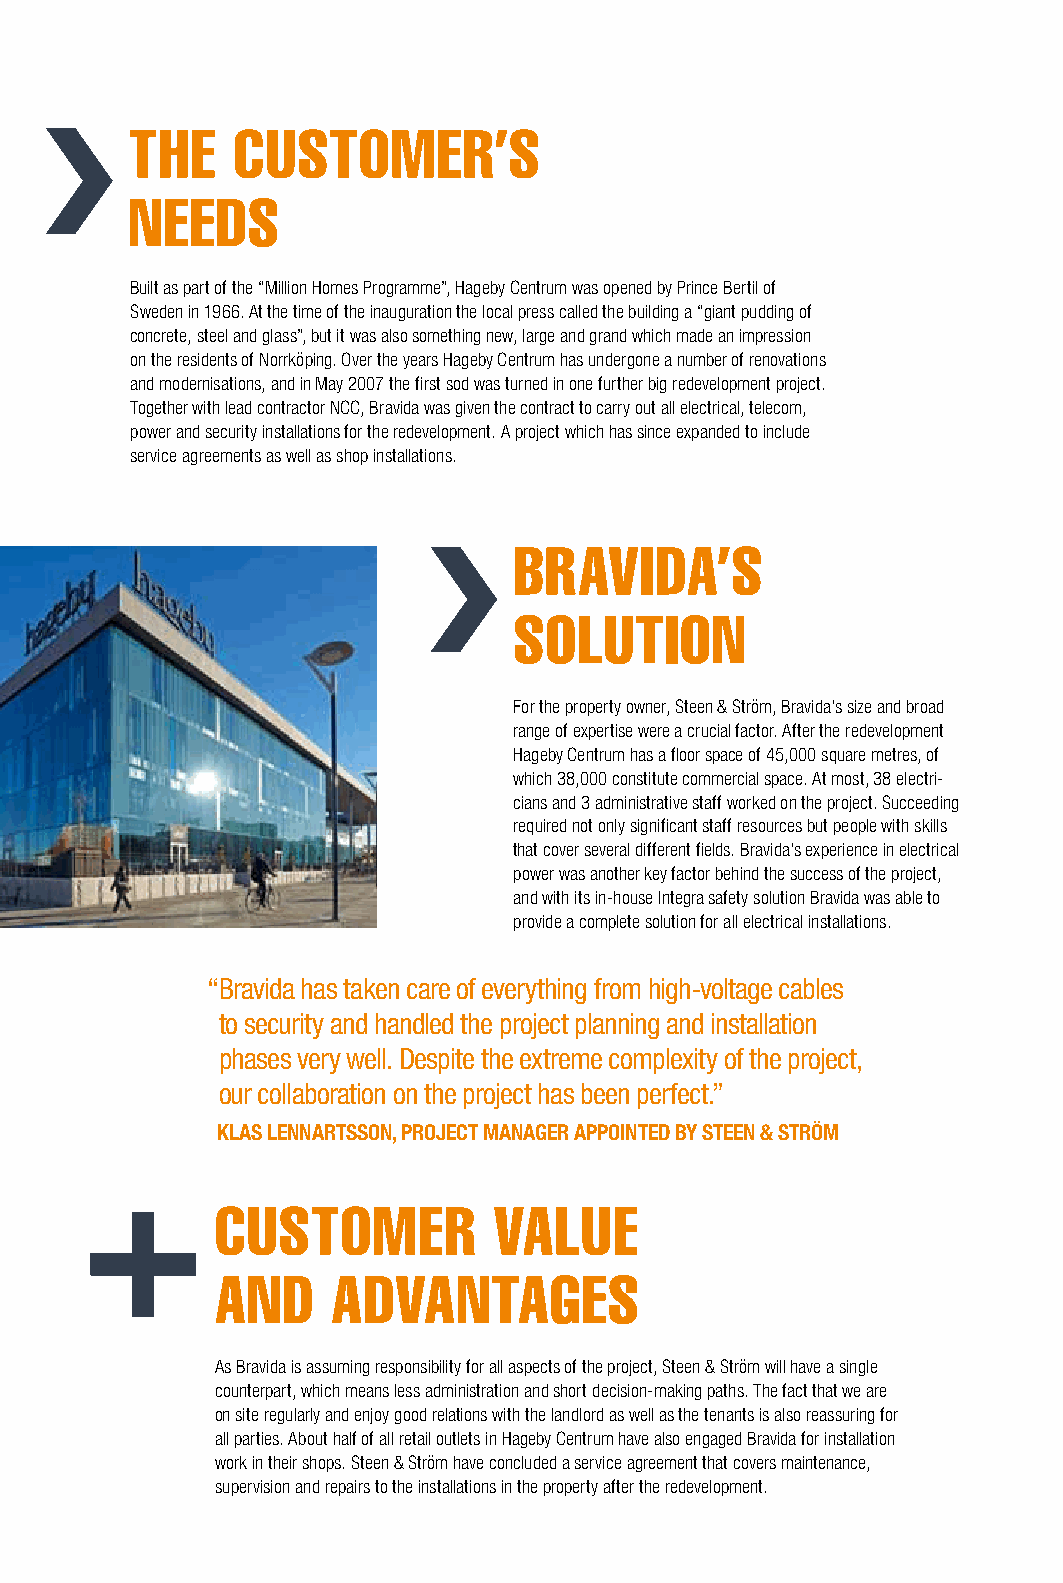
tHe   Customer’s
 needs
 Built as part of the “Million Homes Programme”, Hageby Centrum was opened by Prince Bertil of
 Sweden in 1966. At the time of the inauguration the local press called the building a “giant pudding of
 concrete, steel and glass”, but it was also something new, large and grand which made an impression
 on the residents of Norrköping. Over the years Hageby Centrum has undergone a number of renovations
 and modernisations, and in May 2007 the first sod was turned in one further big redevelopment project.
 Together with lead contractor NCC, Bravida was given the contract to carry out all electrical, telecom,
 power and security installations for the redevelopment. A project which has since expanded to include
 service agreements as well as shop installations.
 brAVidA’s
 solution
 For the property owner, Steen & Ström, Bravida’s size and broad
 range of expertise were a crucial factor. After the redevelopment
 Hageby Centrum has a floor space of 45,000 square metres, of
 which 38,000 constitute commercial space. At most, 38 electri-
 cians and 3 administrative staff worked on the project. Succeeding
 required not only significant staff resources but people with skills
 that cover several different fields. Bravida’s experience in electrical
 power was another key factor behind the success of the project,
 and with its in-house Integra safety solution Bravida was able to
 provide a complete solution for all electrical installations.
 “ Bravida has taken care of everything from high-voltage cables
 to security and handled the project planning and installation
 phases very well. despite the extreme complexity of the project,
 our collaboration on the project has been perfect.”
 KLAS LENNARTSSON, PROJECT MANAGER APPOINTED BY STEEN & STRÖM
 Customer           VAlue
 And     AdVAntAges
 As Bravida is assuming responsibility for all aspects of the project, Steen & Ström will have a single
 counterpart, which means less administration and short decision-making paths. The fact that we are
 on site regularly and enjoy good relations with the landlord as well as the tenants is also reassuring for
 all parties. About half of all retail outlets in Hageby Centrum have also engaged Bravida for installation
 work in their shops. Steen & Ström have concluded a service agreement that covers maintenance,
 supervision and repairs to the installations in the property after the redevelopment.